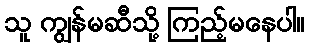
သူ ကျွန်မဆီသို့ ကြည့်မနေပါ။